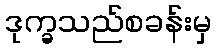
ဒုက္ခသည်စခန်းမှ